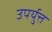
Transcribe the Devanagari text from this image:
उपर्युत्त